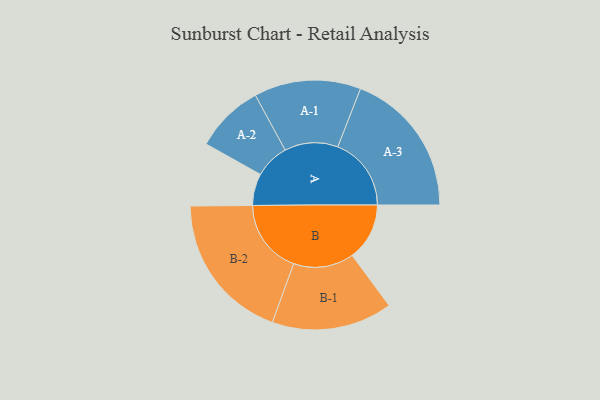
{"axis": {"x": "Segment", "y": "Value"}, "legend": ["", "A", "B"], "data": [{"x": "A", "y": 128, "type": ""}, {"x": "B", "y": 231, "type": ""}, {"x": "A-1", "y": 215, "type": "A"}, {"x": "A-2", "y": 139, "type": "A"}, {"x": "A-3", "y": 296, "type": "A"}, {"x": "B-1", "y": 243, "type": "B"}, {"x": "B-2", "y": 300, "type": "B"}]}